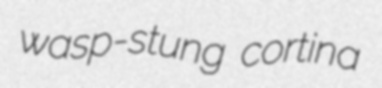
wasp-stung cortina